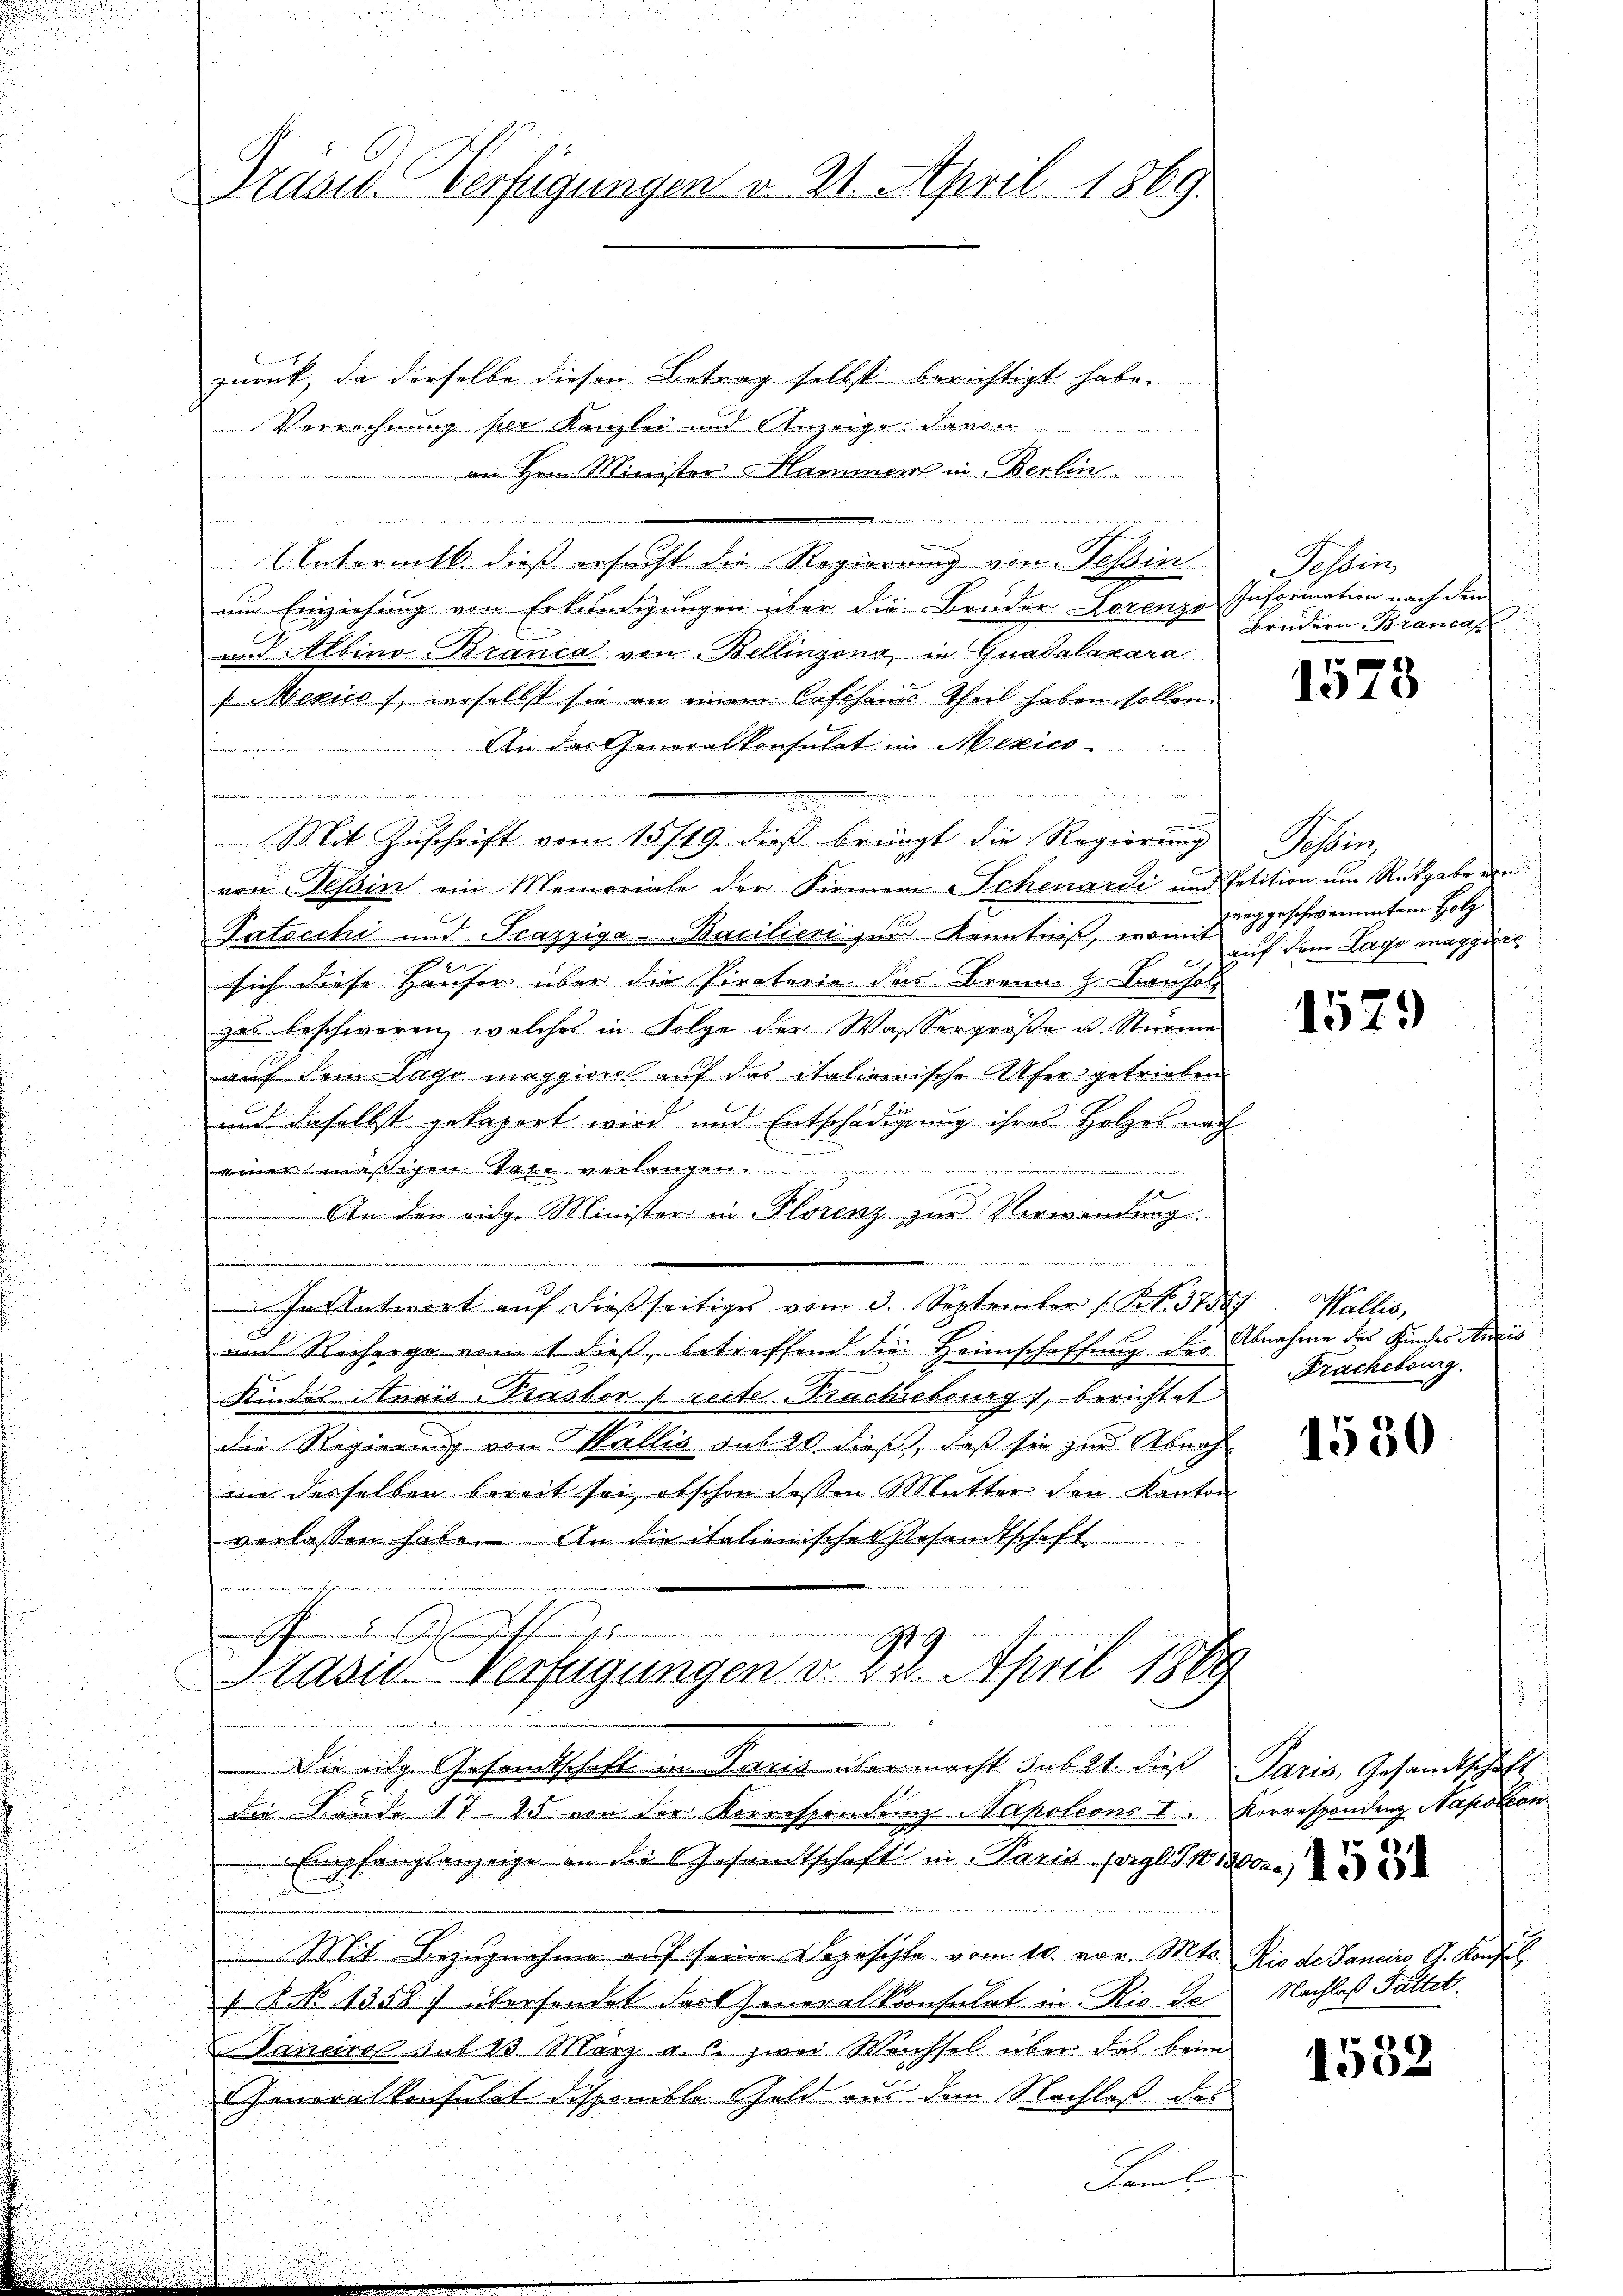
Präses Verfügungen u. 21. April 1869.

zurück, da derselbe diesen Betrag selbst berichtigt habe.
Verrechnung per Kanzlei und Anzeigen dar
an Hrn. Minister Hammer in Berlin
n d. d.

n
  d
.
Untermitt. dieß ersucht die Regierung von Tessin Tessin,
um Einziehung von Erkundigungen über die Bruder Lorenze Information nach den
und Albino Branca von Bellinzona in Guadalazara
s: Mexico), inselbst sie an einem Caschends Theil haben sollen.
An das Generalkonsulat in Mexico
n
n
 52 x

von Tessin ein Memoriale der Firmen Schenardi und Petition um Rückgabe ein
Patscchi und Frazziga-Bacilieni zur Kenntniß, wann ausgeschwamenten Holz
sich diese Hauser über die Piraterie das Brenne H. Bauhol
zes beschweren, welches in Folge der Wassergröße u. Stürme
auf dem Lago maggion auf das italionische Ufer getrieben
aus daselbst gekapert wird und Entschädigung ihres Holzes nach

einer mässigen Tage verlangen
i
d
An den eidg. Minister in Florenz zur Verwendung.
In Antwort aŭf dießseitiges vom 3. September 1 S. 57587. Wallis,
und Recharge vom 1. dieß, betreffend die Heimschaffung der Abnahme des Kindes Antis
Kindes Anais-Trasbor freite Prachieburg, berichtet
die Regierung von Wallis aus 20. dieß, daß sie zur Abnah
an desselben bereit sei, obschon dessen Mutter den Kanton
verlassen habe. An die itationische Gesandtschaft
effangen
179
Pasid. Verfügungen v. 24. April 1864

Mit Zuschrift vom 13/19. dieß bringt die Regierung

ennen ein

Die eige Gesandtschaft in Paris übermacht sub 21. dies Paris, Gesandtschaft
Die Lände 1725 von der Korrespondenz Napoleons I. Korrespondenz Napoleon
Empfangsanzeige an die Gesamtschaft in Paris degl 91, 12000
Mit Bezugnahme auf seine Depeschle vom 10. vor. Mts. Rio de Janeiro G. Konfull
 N. N. 1358) übersendet das Generalkoonsulat in Rio de
Tanciros sel 15 März a. zwei Wechsel über das beim
Generalkonsulat disponible Gold aus dem Nachlaß des
Faml.

Brudern Brancan

1513

Schlen
auf dem Lago maggiore

1529

Frachebourg

1550

Nachlaß Fattet.

1532